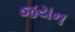
જયન